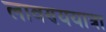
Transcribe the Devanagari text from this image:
लावण्ययात्रा